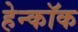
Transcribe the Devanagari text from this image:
हेन्कॉक